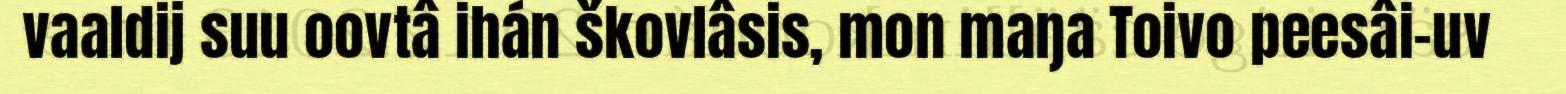
vaaldij suu oovtâ ihán škovlâsis, mon maŋa Toivo peesâi-uv